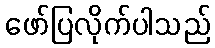
ဖော်ပြလိုက်ပါသည်